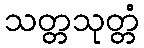
သတ္တသုတ္တံ